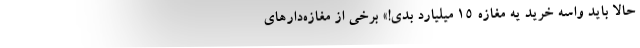
حالا باید واسه خرید یه مغازه ۱۵ میلیارد بدی!» برخی از مغازه‌دارهای